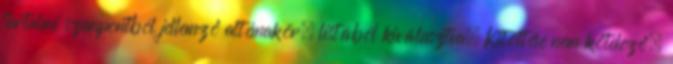
tartalmi szempontból jellemző altémakör, listából kiválasztva. Kitöltése nem kötelező.